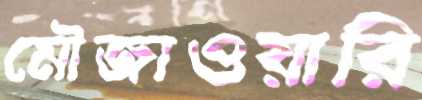
মৌজাওয়ারি